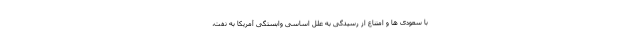
با سعودی ها و امتناع از رسیدگی به علل اساسی وابستگی آمریکا به نفت،